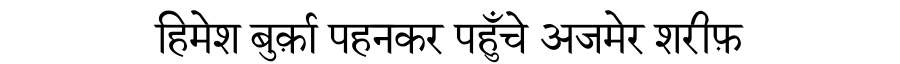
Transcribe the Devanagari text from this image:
हिमेश बुर्क़ा पहनकर पहुँचे अजमेर शरीफ़